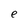
Character: e